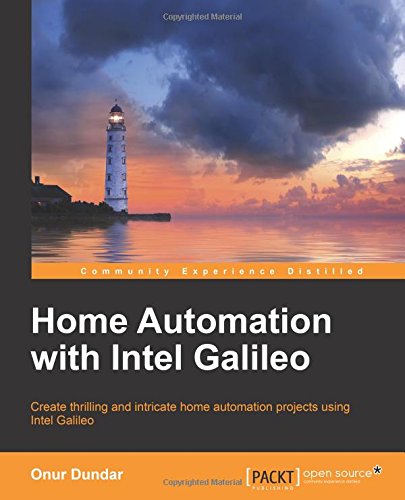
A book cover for Home Automation with Intel Galileo; Onur Dundar; Computers & Technology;